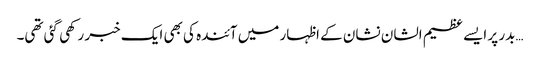
…بدر پر ایسے عظیم الشان نشان کے اظہار میں آئندہ کی بھی ایک خبر رکھی گئی تھی۔